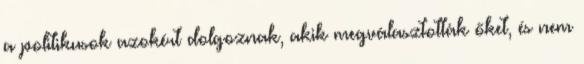
a politikusok azokért dolgoznak, akik megválasztották őket, és nem